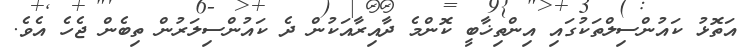
އަތޮޅު ކައުންސިލްތަކުގައި އިންތިޚާބީ ކޮންމެ ދާއިރާއަކުން ދެ ކައުންސިލަރުން ތިބެން ޖެހެ އެވެ.